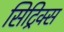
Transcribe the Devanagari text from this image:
सिट्रिक्स